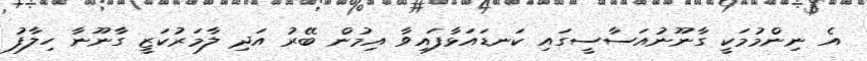
އެ ނިންމުމަކީ ގާނޫނުއަސާސީގައި ކަނޑައަޅާފައިވާ އިމުން ބޭރު އަދި ލާމަރުކަޒީ ގާނޫނާ ހިލާފު